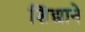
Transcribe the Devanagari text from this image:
शिंद्याने